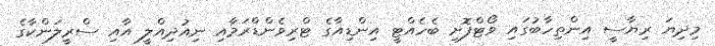
މިދިޔަ ރިޔާސީ އިންތިހާބުގައި ވޯޓްފޮށި ބެހެއްޓީ އިންޑިއާގެ ޓްރިވެންޑްރަމާއި ނިއުދިއްލީ އާއި ސްރީލަންކާގެ